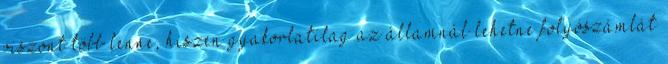
viszont több lenne, hiszen gyakorlatilag az államnál lehetne folyószámlát